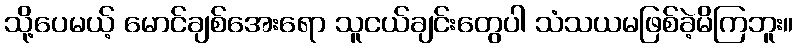
သို့ပေမယ့် မောင်ချစ်အေးရော သူငယ်ချင်းတွေပါ သံသယမဖြစ်ခဲ့မိကြဘူး။